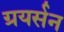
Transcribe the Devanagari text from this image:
ग्रयर्सन